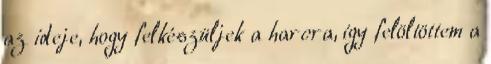
az ideje, hogy felkészüljek a harcra, így felöltöttem a